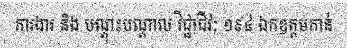
ការងារ និង បណ្តុះបណ្តាល វិជ្ជាជីវៈ ១៩៤ ឯកឧត្តមកាន់